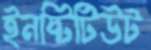
ইনষ্টিটিউট